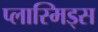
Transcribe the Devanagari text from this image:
प्लास्मिड्स